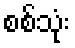
စစ်သုံး